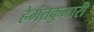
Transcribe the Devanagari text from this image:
हेमंतकुमारी